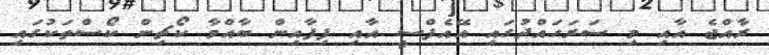
ރާއްޖެ އާއި މި ސަރަހައްދުގައި އޭއެފްސީ އާއި ފިފާއިން ބާއްވާ ކޯޗިން ކޯސްތަކުގައި